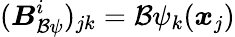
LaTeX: ({\boldsymbol{{B}}_{\mathcal B\psi}^{i}})_{jk}=\mathcal B{\psi_{k}(\boldsymbol{x}_{j})}